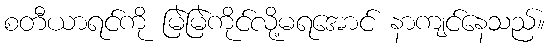
စတီယာရင်ကို မြဲမြဲကိုင်လို့မရအောင် နာကျင်နေသည်။